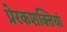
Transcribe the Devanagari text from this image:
प्रेरकशक्तियां